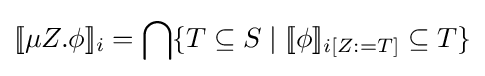
[\![\mu Z.\phi ]\!]_{i}=\bigcap \{T\subseteq S\mid [\![\phi ]\!]_{i[Z:=T]}\subseteq T\}